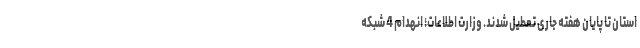
استان تا پایان هفته جاری تعطیل شدند. وزارت اطلاعات؛ انهدام 4 شبکه